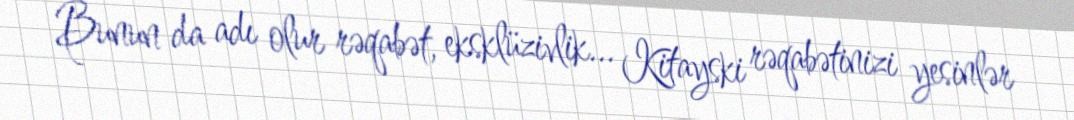
Bunun da adı olur rəqabət, eksklüzivlik... Kitayski rəqabətinizi yesinlər